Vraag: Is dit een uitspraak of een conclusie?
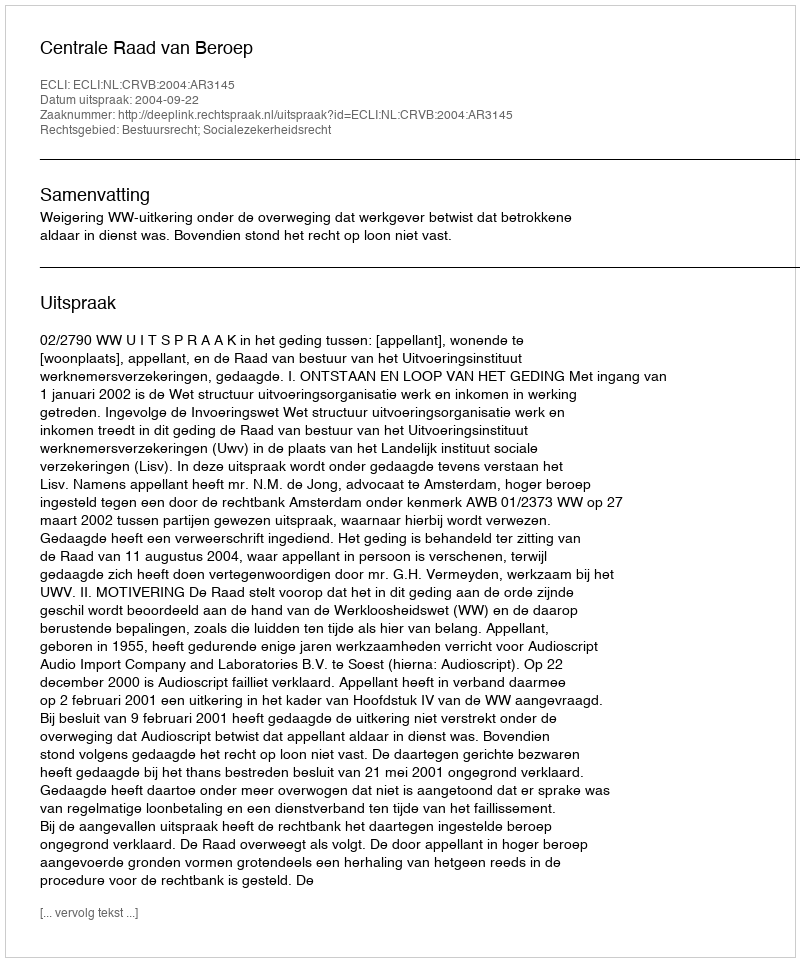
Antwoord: Uitspraak